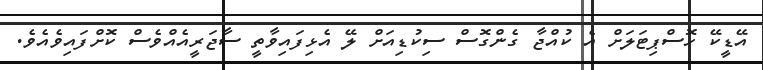
އޭޑީކޭ ހޮސްޕިޓަލަށް އެ ކުއްޖާ ގެންގޮސް ސިކުޑިއަށް ލޭ އެޅިފައިވާތީ ސާޖަރީއެއްވެސް ކޮށްފައިވެއެވެ.